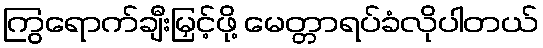
ကြွရောက်ချီးမြှင့်ဖို့ မေတ္တာရပ်ခံလိုပါတယ်